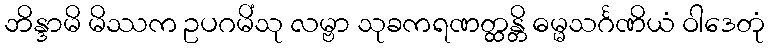
ဘိန္ဒာမိ မိဿက ဥပဂမိံသု လမ္ဗာ သုခကရဏတ္ထန္တိ ဓမ္မသင်္ဂဏိယံ ဝါဒေတုံ